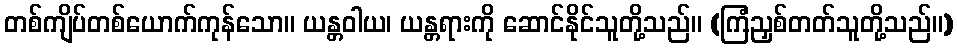
တစ်ကျိပ်တစ်ယောက်ကုန်သော။ ယန္တဝါယ၊ ယန္တရားကို ဆောင်နိုင်သူတို့သည်။ (ကြံညှစ်တတ်သူတို့သည်။)